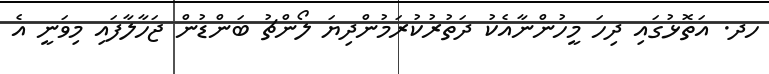
ހދ. އަތޮޅުގައި ދިހަ މީހުންނާއެކު ދަތުރުކުރަމުންދިޔަ ލޯންޗު ބަންޑުން ޖަހާލާފައި މިވަނީ އެ